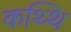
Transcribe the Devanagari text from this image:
कथ्थि